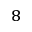
^ { 8 }